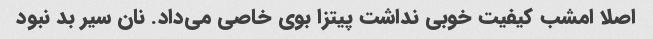
اصلا امشب کیفیت خوبی نداشت پیتزا بوی خاصی می‌داد. نان سیر بد نبود